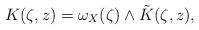
LaTeX: \begin{align*} K(\zeta,z) = \omega_X(\zeta) \wedge \tilde{K}(\zeta,z),\end{align*}